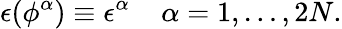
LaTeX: \epsilon(\phi^{\alpha})\equiv\epsilon^{\alpha}\; \; \; \; \alpha=1,\ldots,2N.